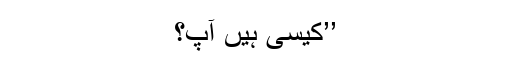
’’کیسی ہیں آپ؟